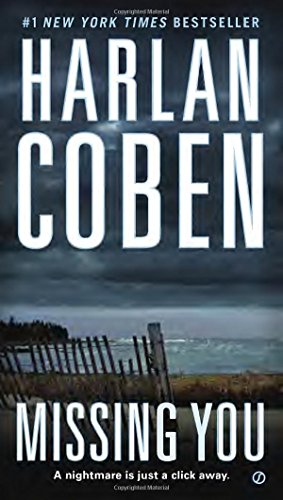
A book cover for Missing You; Harlan Coben; Mystery, Thriller & Suspense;